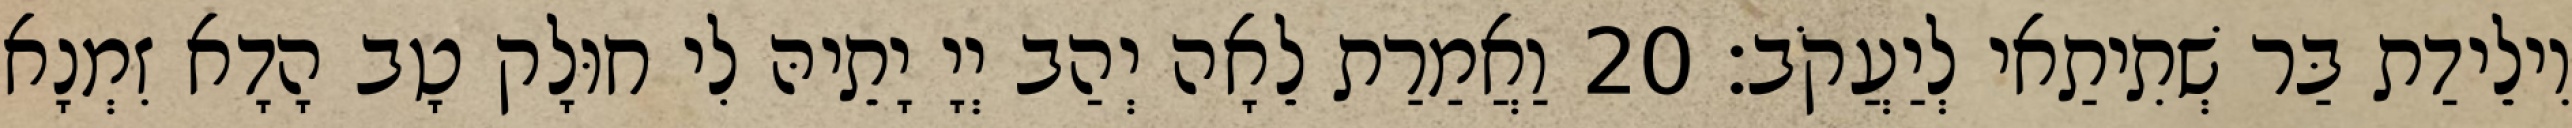
וִילֵידַת בַּר שְׁתִיתַאי לְיַעֲקֹב׃ 20 וַאֲמַרַת לֵאָה יְהַב יְיָ יָתֵיהּ לִי חוּלָק טָב הָדָא זִמְנָא